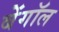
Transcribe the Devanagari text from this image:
बेंगॉल